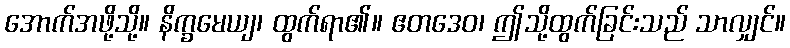
အောက်အဖို့သို့။ နိက္ခမေယျ၊ ထွက်ရာ၏။ ဧတဒေဝ၊ ဤသို့ထွက်ခြင်းသည် သာလျှင်။